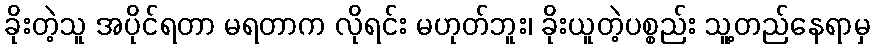
ခိုးတဲ့သူ အပိုင်ရတာ မရတာက လိုရင်း မဟုတ်ဘူး၊ ခိုးယူတဲ့ပစ္စည်း သူ့တည်နေရာမှ